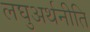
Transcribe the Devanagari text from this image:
लघुअर्थनीति